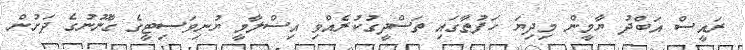
ރައީސް އަބްދު ޔާމީން މިދިޔަ ހަފުތާގައި ތަސްދީގުކުރެއްވި އިސްލާމީ ޔުނިވަސިޓީގެ ގާނޫނުގެ ދަށުން